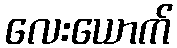
လေးယောက်